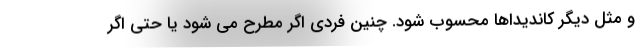
و مثل دیگر کاندیداها محسوب شود. چنین فردی اگر مطرح می شود یا حتی اگر